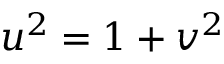
u ^ { 2 } = 1 + v ^ { 2 }